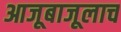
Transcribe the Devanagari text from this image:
आजूबाजूलाच